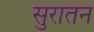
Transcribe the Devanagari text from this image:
सुरातन